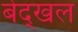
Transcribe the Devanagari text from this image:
बेद्खल